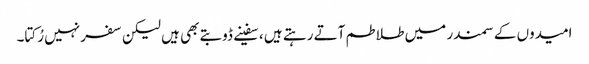
امیدوں کے سمندر میں طلاطم آتے رہتے ہیں ، سفینے ڈوبتے بھی ہیں لیکن سفر نہیں رُکتا۔